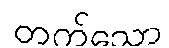
တက်သော